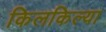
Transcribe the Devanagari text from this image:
किलकिल्या